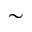
\sim